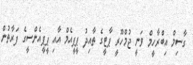
ގާސިމް އިބްރާހީމް ވަނީ ޖުމްހޫރީ ޕާޓީގެ ތާއިދު ޕީޕީއެމް އާއި ޕީޕީއެންސީގެ ފަރާތުން